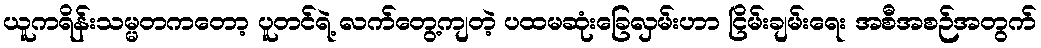
ယူကရိန်းသမ္မတကတော့ ပူတင်ရဲ့ လက်တွေ့ကျတဲ့ ပထမဆုံးခြေလှမ်းဟာ ငြိမ်းချမ်းရေး အစီအစဉ်အတွက်